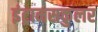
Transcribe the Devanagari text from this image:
इंट्रामसकुलर